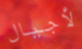
لأجيال